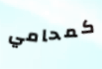
كمحامي